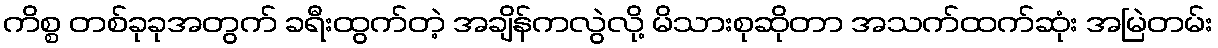
ကိစ္စ တစ်ခုခုအတွက် ခရီးထွက်တဲ့ အချိန်ကလွဲလို့ မိသားစုဆိုတာ အသက်ထက်ဆုံး အမြဲတမ်း